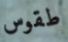
طقوس